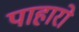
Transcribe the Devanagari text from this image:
पाहारो